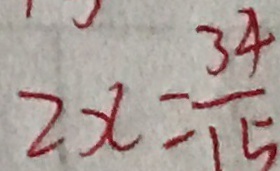
2 x = \frac { 3 4 } { 1 5 }